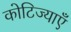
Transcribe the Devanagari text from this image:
कोटिज्याएँ